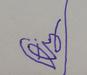
Signature authenticity: forged